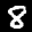
Label: 8